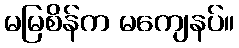
မမြစိန်က မကျေနပ်။